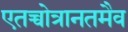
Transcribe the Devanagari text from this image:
एतच्चोत्रानतमैव